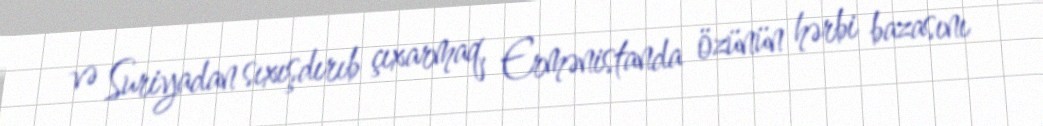
və Suriyadan sıxışdırıb çıxarmaq, Ermənistanda özünün hərbi bazasını